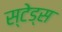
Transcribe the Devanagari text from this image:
स्टेड्स